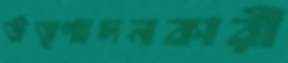
উত্পাদনকারী